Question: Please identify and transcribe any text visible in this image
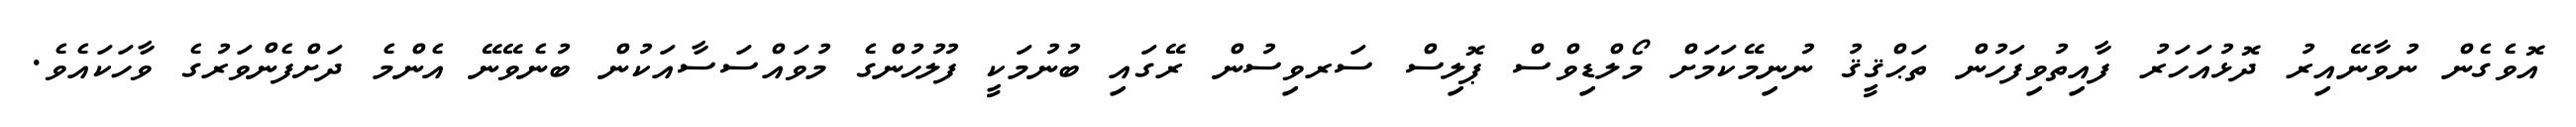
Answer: އޮވެގެން ނުވާނޭއިރު ދޮޅުއަހަރު ފާއިތުވިފަހުން ތަޙްޤީޤު ނުނިމޭކަމަށް މޯލްޑިވްސް ޕޮލިސް ސަރވިސުން ރޭގައި ބުނުމަކީ ފުލުހުންގެ މުވައްސަސާއަކުން ބުނެވޭނޭ އެންމެ ދަށްފެންވަރުގެ ވާހަކައެވެ.